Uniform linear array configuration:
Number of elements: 24
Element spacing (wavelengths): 0.25
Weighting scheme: hann
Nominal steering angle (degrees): -30
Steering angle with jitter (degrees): -28.032
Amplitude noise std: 0.05
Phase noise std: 0.05

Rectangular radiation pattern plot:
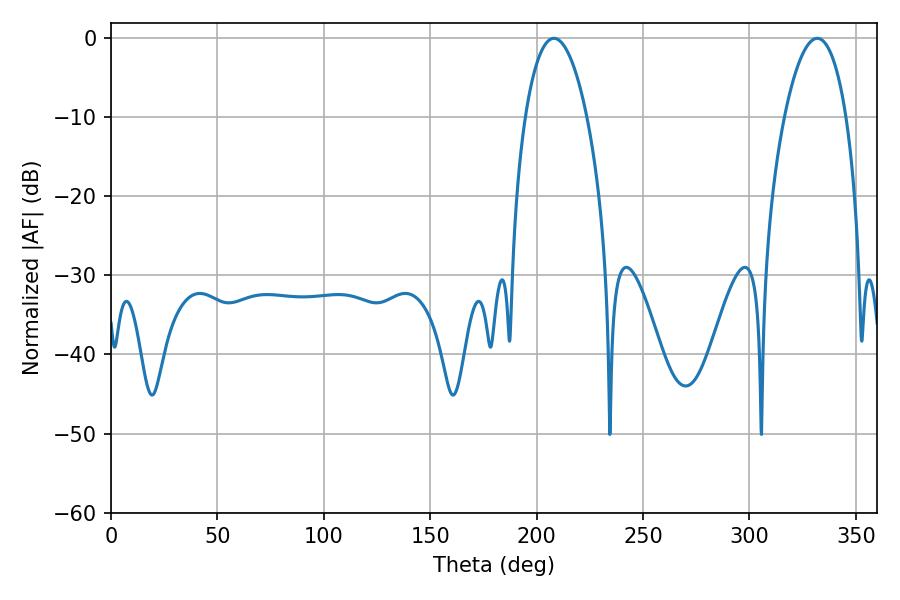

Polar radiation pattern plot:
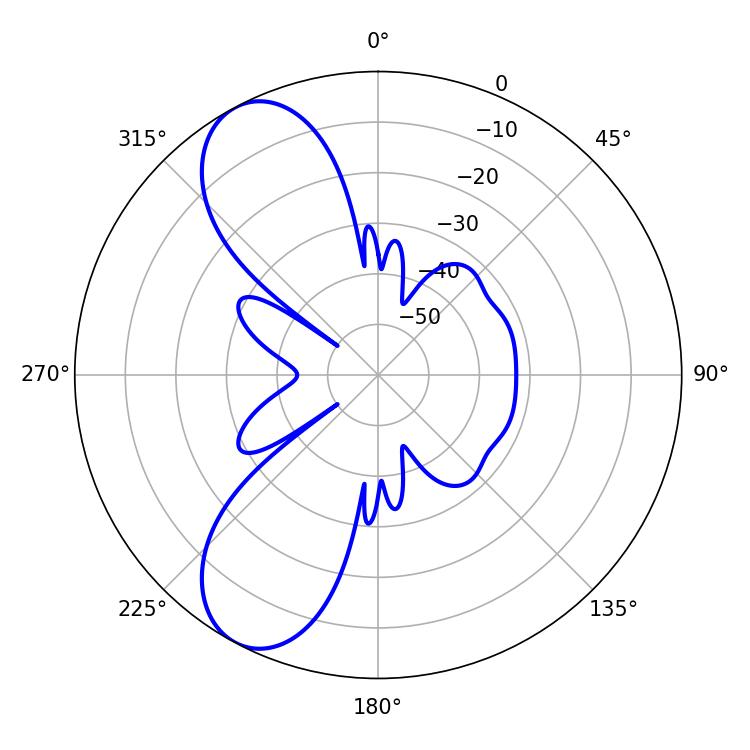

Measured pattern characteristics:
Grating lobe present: FALSE
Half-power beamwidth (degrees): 16.2
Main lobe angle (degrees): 208.08